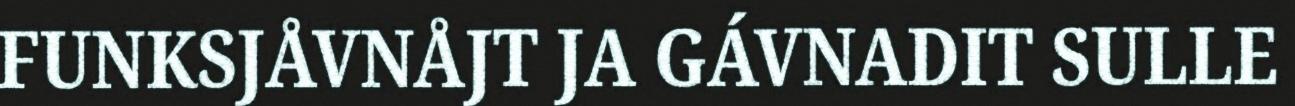
FUNKSJÅVNÅJT JA GÁVNADIT SULLE